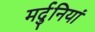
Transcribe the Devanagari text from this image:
मर्दुनियां